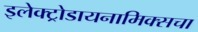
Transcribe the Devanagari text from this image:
इलेक्ट्रोडायनामिक्सचा